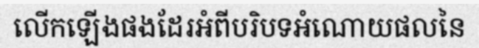
លើកឡើងផងដែរអំពីបរិបទអំណោយផលនៃ